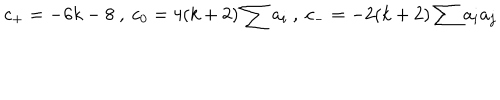
LaTeX: c _ { + } = - 6 k - 8 \ , \ c _ { 0 } = 4 ( k + 2 ) \sum a _ { i } \ , \ c _ { - } = - 2 ( k + 2 ) \sum a _ { i } a _ { j }